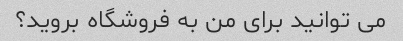
می توانید برای من به فروشگاه بروید؟